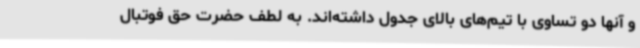
و آنها دو تساوی با تیم‌های بالای جدول داشته‌اند. به لطف حضرت حق فوتبال